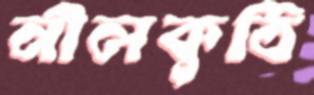
নীলকুঠি